Civil Veterinary Department Bihar & Orissa reports 1922-29 - 1922-1929
Year: 1922
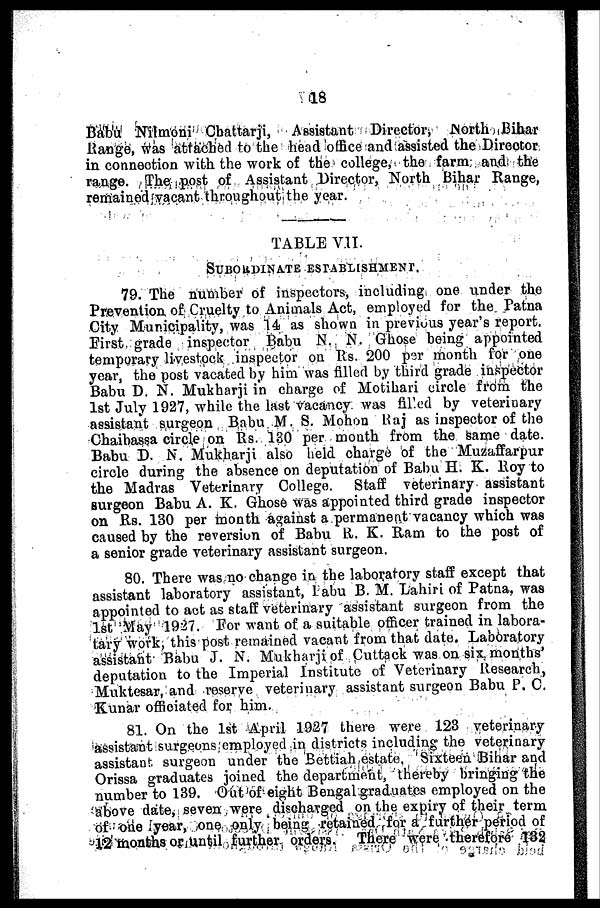
18
Babu Nilmoni Chattarji, Assistant Director, North Bihar
Range, was attached to the head office and assisted the Director
in connection with the work of the college, the farm and the
range. The post of Assistant Director, North Bihar Range,
remained vacant throughout the year.
TABLE VII.
SUBORDINATE ESTABLISHMENT.
79. The number of inspectors, including one under the
Prevention of Cruelty to Animals Act, employed for the Patna
City Municipality, was 14 as showa in previous year's report.
First grade inspector Babu N. N. Ghose being appointed
temporary livestock inspector on Its. 200 per month for one
year, the post vacated by him was filled by third grade inspector
Babu D. N. Mukharji in charge of Motihari circle from the
1st July 1927, while the last vacancy was filled by veterinary
assistant surgeon Babu M. S. Mohon Raj as inspector of the
Chaibassa circle on Rs. 130 per month from the same date.
Babu D. N. Mukharji also held charge of the Muzaffarpur
circle during the absence on deputation of Babu H. K. Roy to
the Madras Veterinary College. Staff veterinary assistant
surgeon Babu A. K. Ghose was appointed third grade inspector
on Rs. 130 per month against a permanent vacancy which was
caused by the reversion of Babu R. K. Ram to the post of
a senior grade veterinary assistant surgeon.
80. There was no change in the laboratory staff except that
assistant laboratory assistant, 1 abu B. M. Lahiri of Patna, was
appointed to act as staff veterinary assistant surgeon from the
1st May 1927. For want of a suitable officer trained in labora-
tary work, this post remained vacant from that date. Laboratory
assistant Babu J. N. Mukharji of Cuttack was on six months
deputation to the Imperial Institute of Veterinary Research,
Muktesar, and reserve veterinary assistant surgeon Babu P. C.
Kunar officiated for him.
81. On the 1st April 1927 there were 123 veterinary
Assistant surgeons employed in districts including the veterinary
assistant surgeon under the Bettiah estate. Sixteen Bihar and
Orissa graduates joined the department, thereby bringing the
number to 139. Out of eight Bengal graduates employed on the
above date, seven were discharged on the expiry of their term
of one year, one only being retained for a further period of
12 months until further orders. There were therefore 132